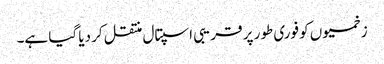
زخمیوں کو فوری طور پر قریبی اسپتال منتقل کر دیا گیا ہے۔